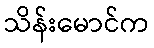
သိန်းမောင်က